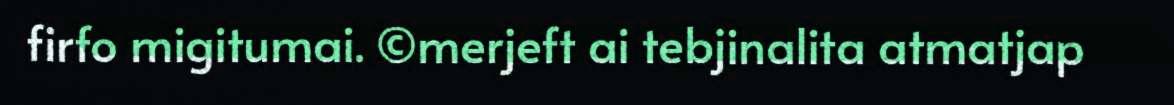
firfo migitumai. ©merjeft ai tebjinalita atmatjap